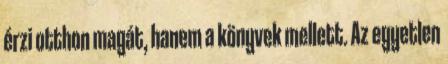
érzi otthon magát, hanem a könyvek mellett. Az egyetlen